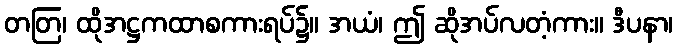
တတြ၊ ထိုအဋ္ဌကထာစကားရပ်၌။ အယံ၊ ဤ ဆိုအပ်လတံ့ကား။ ဒီပနာ၊